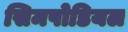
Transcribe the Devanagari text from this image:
सिमपोडियल